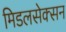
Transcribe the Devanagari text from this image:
मिडलसेक्सन